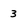
Character: 3